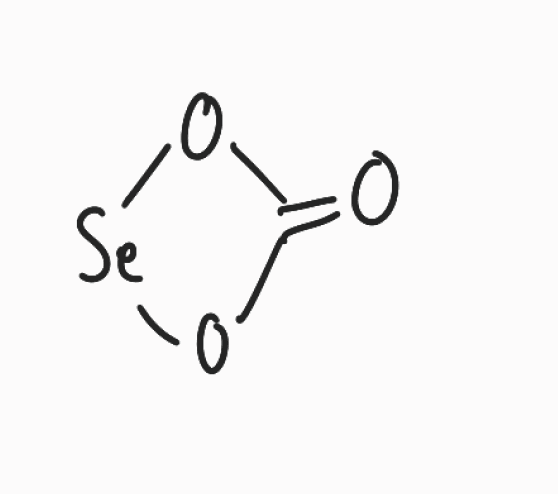
Simplified molecular-input line-entry system (SMILES) notation of the given molecule:
C1(=O)O[Se]O1